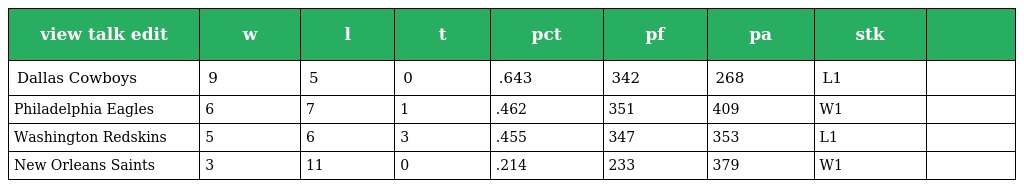
| view talk edit | w | l | t | pct | pf | pa | stk |  |
 | --- | --- | --- | --- | --- | --- | --- | --- | --- |
 | Dallas Cowboys | 9 | 5 | 0 | .643 | 342 | 268 | L1 |  |
 | Philadelphia Eagles | 6 | 7 | 1 | .462 | 351 | 409 | W1 |  |
 | Washington Redskins | 5 | 6 | 3 | .455 | 347 | 353 | L1 |  |
 | New Orleans Saints | 3 | 11 | 0 | .214 | 233 | 379 | W1 |  |